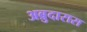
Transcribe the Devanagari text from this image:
अब्रुदारास